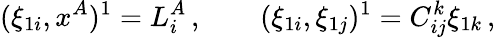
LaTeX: (\xi_{1i},x^{A})^{1}=L_{i}^{A}\, ,\qquad(\xi_{1i},\xi_{1j})^{1}=C_{ij}^{k}\xi_{1k}\, ,